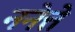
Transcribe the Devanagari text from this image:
ननेत्ते